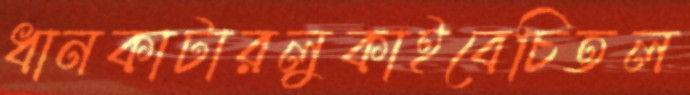
ধানকাটারলুকাইবেচিতল